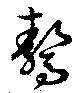
驁